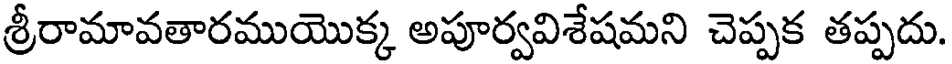
శ్రీరామావతారముయొక్క అపూర్వవిశేషమని చెప్పక తప్పదు.